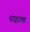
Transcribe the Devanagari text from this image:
पाहाणं